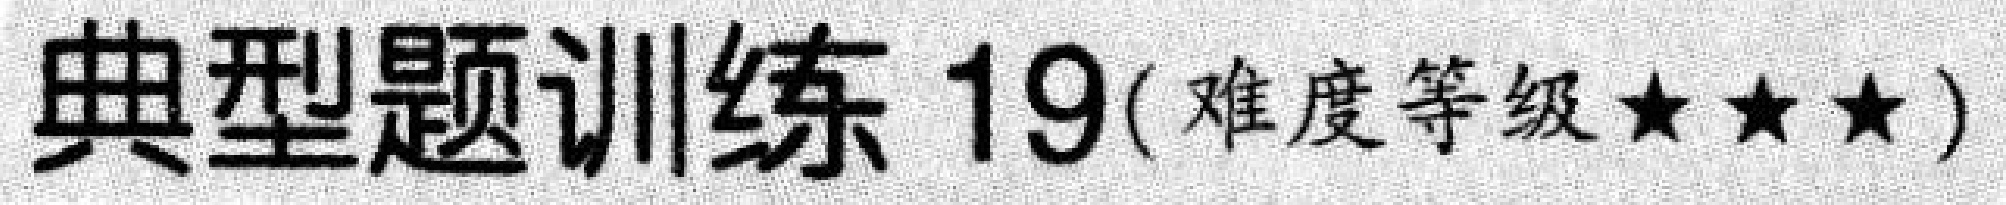
典型题训练 19(难度等级★★★)